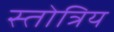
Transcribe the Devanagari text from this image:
स्तोत्रिय